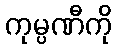
ကုမ္ပဏီကို